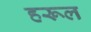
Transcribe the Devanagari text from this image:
हरूल